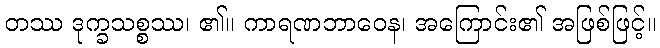
တဿ ဒုက္ခသစ္စဿ၊ ၏။ ကာရဏဘာဝေန၊ အကြောင်း၏ အဖြစ်ဖြင့်။